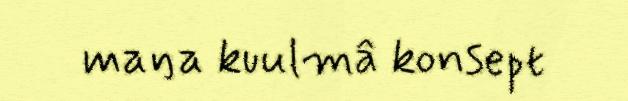
maŋa kuulmâ konsept